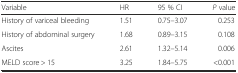
<table><thead><tr><td><b>Variable</b></td><td><b>HR</b></td><td><b>95 % CI</b></td><td><b><i>P</i> value</b></td></tr></thead><tbody><tr><td>History of variceal bleeding</td><td>1.51</td><td>0.75–3.07</td><td>0.253</td></tr><tr><td>History of abdominal surgery</td><td>1.68</td><td>0.89–3.15</td><td>0.108</td></tr><tr><td>Ascites</td><td>2.61</td><td>1.32–5.14</td><td>0.006</td></tr><tr><td>MELD score &gt; 15</td><td>3.25</td><td>1.84–5.75</td><td>&lt;0.001</td></tr></tbody></table>